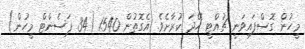
މީހުން ގޮސްފައިވަނީ ޗުއްޓީ ހޭދަ ކުރާށެވެ. އެގޮތުން 1540 (34 ޕަސެންޓް މީހުން)